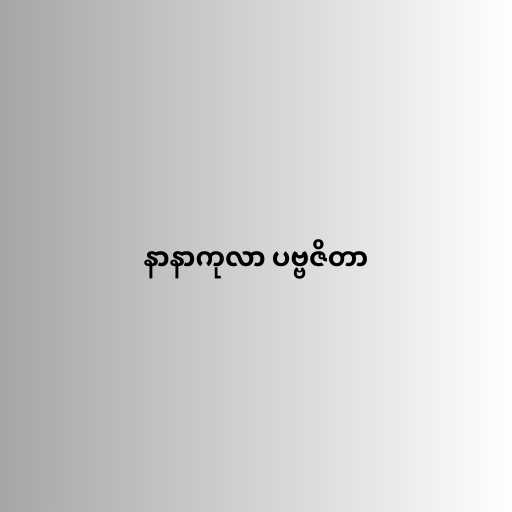
နာနာကုလာ ပဗ္ဗဇိတာ